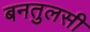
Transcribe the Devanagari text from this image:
बनतुलसी